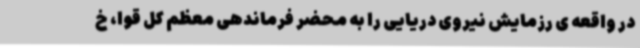
در واقعه ی رزمایش نیروی دریایی را به محضر فرماندهی معظم کل قوا، خ